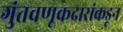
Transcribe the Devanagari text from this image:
गुंतवणूकदारांकडून